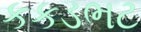
કકડભટ